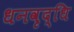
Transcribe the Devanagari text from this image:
धनवृद्धि